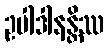
ဥပါဒါနန္တိဿ